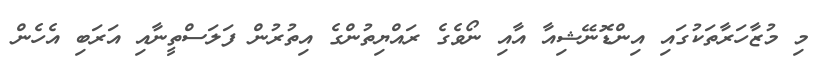
މި މުޒާހަރާތަކުގައި އިންޑޮނޭޝިއާ އާއި ނޯވެގެ ރައްޔިތުންގެ އިތުރުން ފަލަސްތީނާއި އަރަބި އެހެން